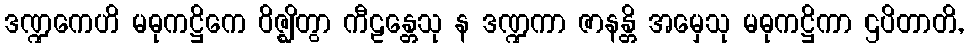
ဒဏ္ဍကေဟိ မဓုကဋ္ဌိကေ ဝိဇ္ဈိတွာ ကီဠန္တေသု န ဒဏ္ဍကာ ဇာနန္တိ အမှေသု မဓုကဋ္ဌိကာ ဌပိတာတိ,